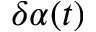
\delta \alpha ( t )